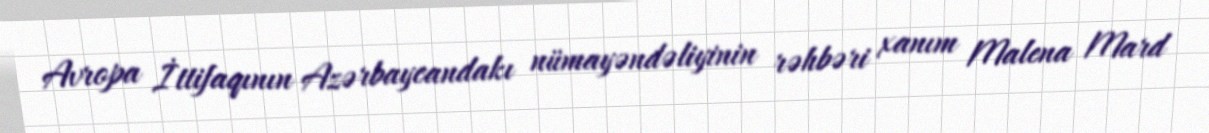
Avropa İttifaqının Azərbaycandakı nümayəndəliyinin rəhbəri xanım Malena Mard